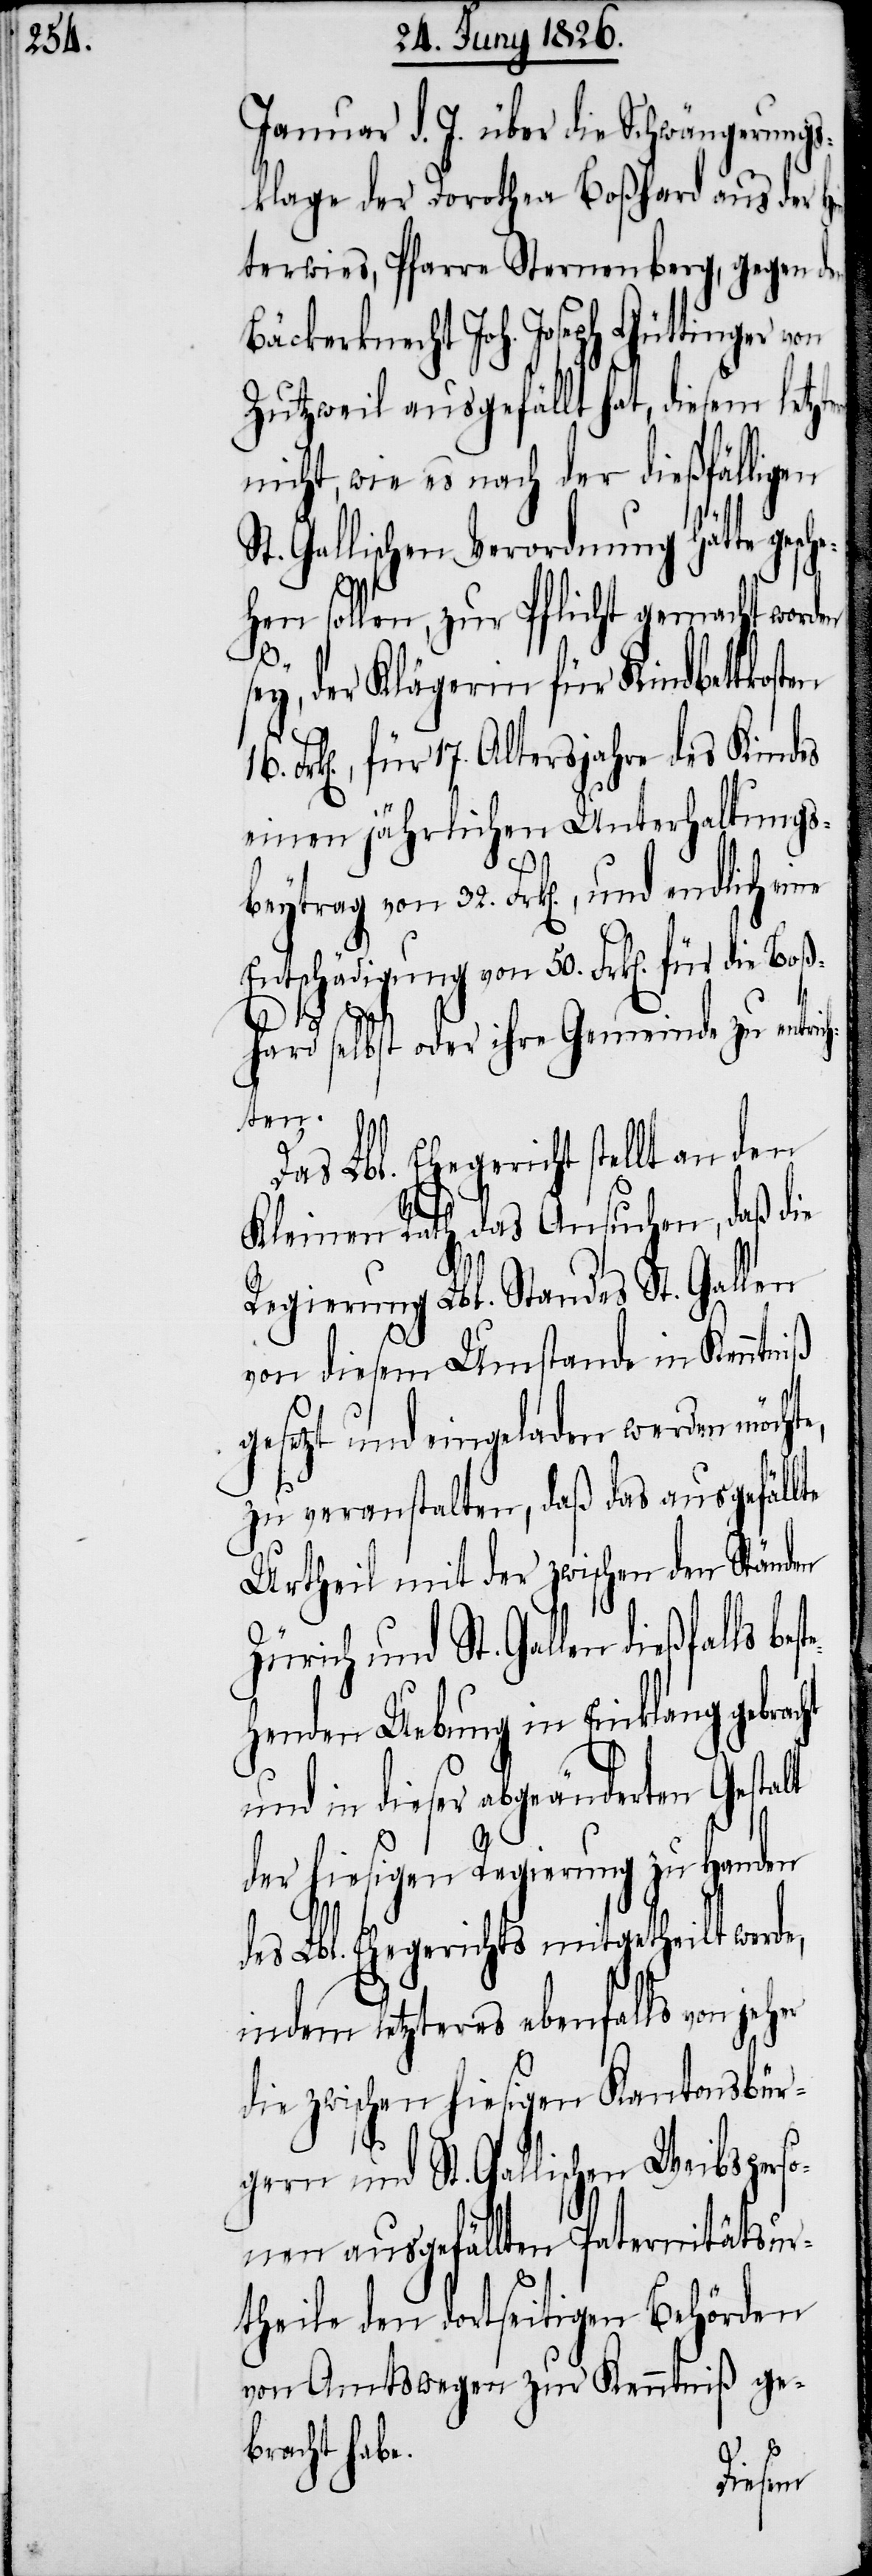
Januar d. J. über die Schwängerung¬
sklage der Dorothea Boßhard aus der H¬
terwies, Pfarre Sternenberg, gegen den
Bäckerknecht Joh. Joseph Güttinger von
Zutzweil ausgefällt hat, diesem letz¬
nicht, wie es nach der dießfällig¬
St. Gallischen Verordnung hätte gesch¬
ehen sollen, zur Pflicht gemacht worden
e,
ey, der Klägerin für Kindbettkosten
k[en]., für 17. Altersjahre des Kindes
einen jährlichen Unterhaltungs¬
beytrag von 32. Frk[en]., und endlich
Entschädigung von 50. Frk[en]. für die Boß¬
hard selbst oder ihre Gemeinde zu entric¬
hten.
Lbl. Ehegericht stellt an
Kleinen Rath das Ansuchen, daß die
Regierung Lbl. Standes St. Gallen
von diesem Umstande in Kenntniß
gesetzt und eingeladen werden möcht¬
zu veranstalten, daß das ausgefällte
Urtheil mit der zwischen den Ständen
Zürich und St. Gallen dießfalls
henden Uebung in Einklang gebracht
und in dieser abgeänderten Gestalt
der hiesigen Regierung zu Handen
des Lbl. Ehegerichts mitgetheilt werde,
indem letzteres ebenfalls von jeh¬
die zwischen hiesigen Kantonsbür¬
ger und St. Gallischen Weibsperso¬
nen ausgefällten Paternitätsur¬
theile den dortseitigen Behörden
von Amtswegen zur Kenntniß ge¬
bracht habe.
er